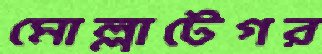
মোল্লাটেগর